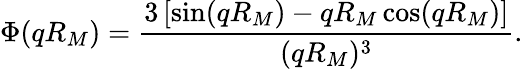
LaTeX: \Phi(qR_{M})=\frac{3\left[\sin(qR_{M})-qR_{M}\cos(qR_{M})\right]}{(qR_{M})^{3}}.